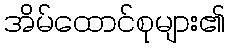
အိမ်ထောင်စုများ၏